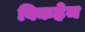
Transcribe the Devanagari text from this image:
विकहेम